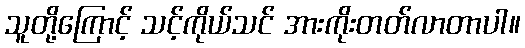
သူတို့ကြောင့် သင့်ကိုယ်သင် အားကိုးတတ်လာတာပါ။